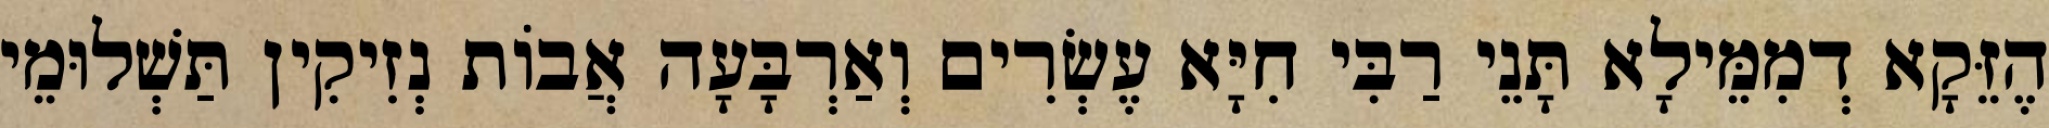
הֶזֵּקָא דְמִמֵּילָא תָּנֵי רַבִּי חִיָּא עֶשְׂרִים וְאַרְבָּעָה אֲבוֹת נְזִיקִין תַּשְׁלוּמֵי